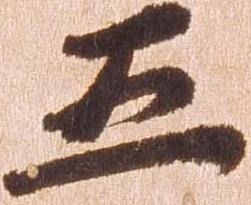
五